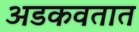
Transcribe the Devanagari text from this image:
अडकवतात